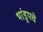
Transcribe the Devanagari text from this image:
भांडुपचे